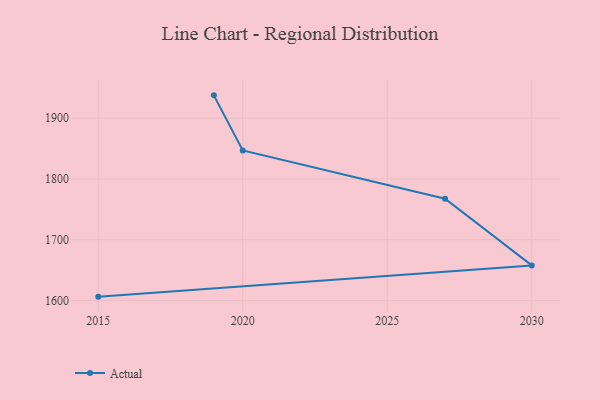
{"axis": {"x": "Year", "y": "Tickets Resolved"}, "legend": ["Actual"], "data": [{"x": "2015", "y": 1606.1, "type": "Actual"}, {"x": "2030", "y": 1657.6, "type": "Actual"}, {"x": "2027", "y": 1767.3, "type": "Actual"}, {"x": "2020", "y": 1846.9, "type": "Actual"}, {"x": "2019", "y": 1937.6, "type": "Actual"}]}